Vaccination United Provinces of Agra and Oudh 1902-1913 - 1902-1913
Year: 1902
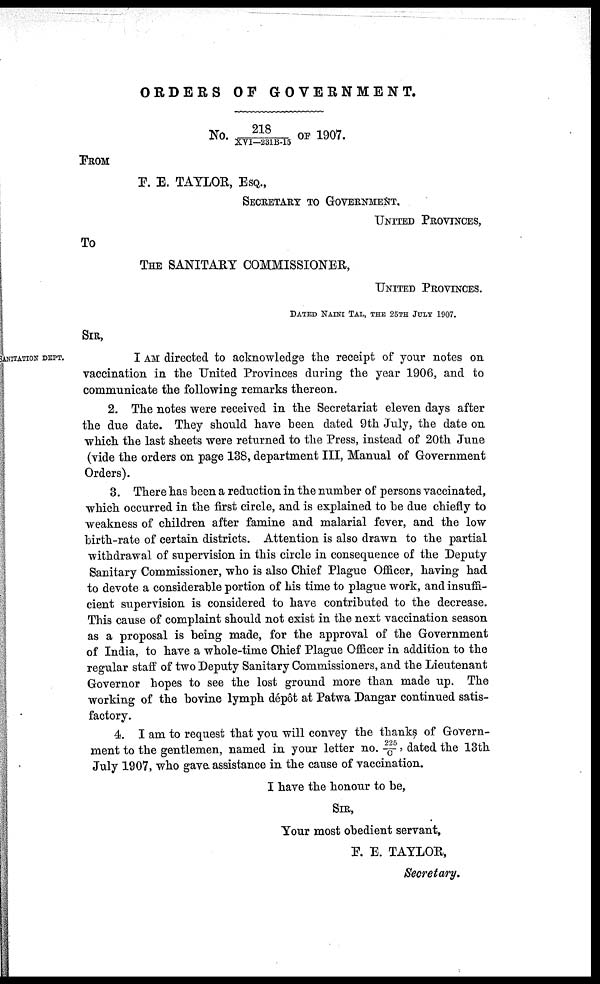
ORDERS OF GOVERNMENT.
No. 218/XVI-231B-15 OF 1907.
FROM
F. E. TAYLOR, ESQ.,
SECRETARY TO GOVERNMENT.
UNITED PROVINCES,
To
THE SANITARY COMMISSIONER,
UNITED PROVINCES.
DATED NAINI TAL, THE 25TH JULY 1907.
SIR,
ANITATION DEPT.
I AM directed to acknowledge the receipt of your notes on
vaccination in the United Provinces during the year 1906, and to
communicate the following remarks thereon.
2. The notes were received in the Secretariat eleven days after
the due date. They should have been dated 9th July, the date on
which the last sheets were returned to the Press, instead of 20th June
(vide the orders on page 138, department III, Manual of Government
Orders).
3. There has been a reduction in the number of persons vaccinated,
which occurred in the first circle, and is explained to be due chiefly to
weakness of children after famine and malarial fever, and the low
birth-rate of certain districts. Attention is also drawn to the partial
withdrawal of supervision in this circle in consequence of the Deputy
Sanitary Commissioner, who is also Chief Plague Officer, having had
to devote a considerable portion of his time to plague work, and insuffi-
cient supervision is considered to have contributed to the decrease.
This cause of complaint should not exist in the next vaccination season
as a proposal is being made, for the approval of the Government
of India, to have a whole-time Chief Plague Officer in addition to the
regular staff of two Deputy Sanitary Commissioners, and the Lieutenant
Governor hopes to see the lost ground more than made up. The
working of the bovine lymph dépôt at Patwa Dangar continued satis-
factory.
4. I am to request that you will convey the thanks of Govern-
ment to the gentlemen, named in your letter no. 225/C, dated the 13th
July 1907, who gave assistance in the cause of vaccination.
I have the honour to be,
SIR,
Your most obedient servant,
F. E. TAYLOR,
Secretary.